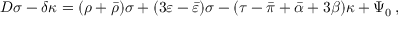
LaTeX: D \sigma - \delta \kappa = ( \rho + { \bar { \rho } } ) \sigma + ( 3 \varepsilon - { \bar { \varepsilon } } ) \sigma - ( \tau - { \bar { \pi } } + { \bar { \alpha } } + 3 \beta ) \kappa + \Psi _ { 0 } \, ,